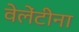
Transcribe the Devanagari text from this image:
वेलेंटीना